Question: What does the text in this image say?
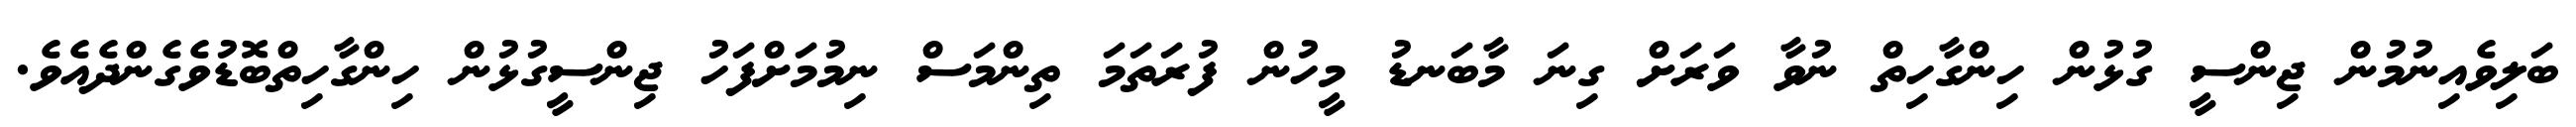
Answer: ބަލިވެއިނުމުން ޖިންސީ ގުޅުން ހިންގާހިތް ނުވާ ވަރަށް ގިނަ މާބަނޑު މީހުން ފުރަތަމަ ތިންމަސް ނިމުމަށްފަހު ޖިންސީގުޅުން ހިންގާހިތްބޮޑުވެގެންދެއެވެ.